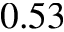
0 . 5 3